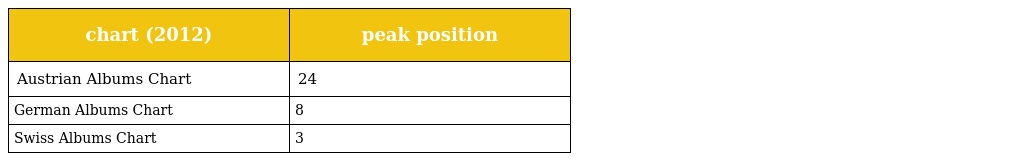
| chart (2012) | peak position |
 | --- | --- |
 | Austrian Albums Chart | 24 |
 | German Albums Chart | 8 |
 | Swiss Albums Chart | 3 |